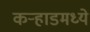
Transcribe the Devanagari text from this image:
कर्‍हाडमध्ये